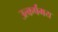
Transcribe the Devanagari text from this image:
उत्कर्षमय